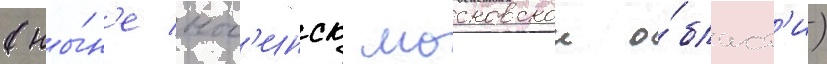
(ны́н'е ног'инск московскои о́бласт'и)